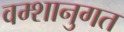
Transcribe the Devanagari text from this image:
वम्शानुगत